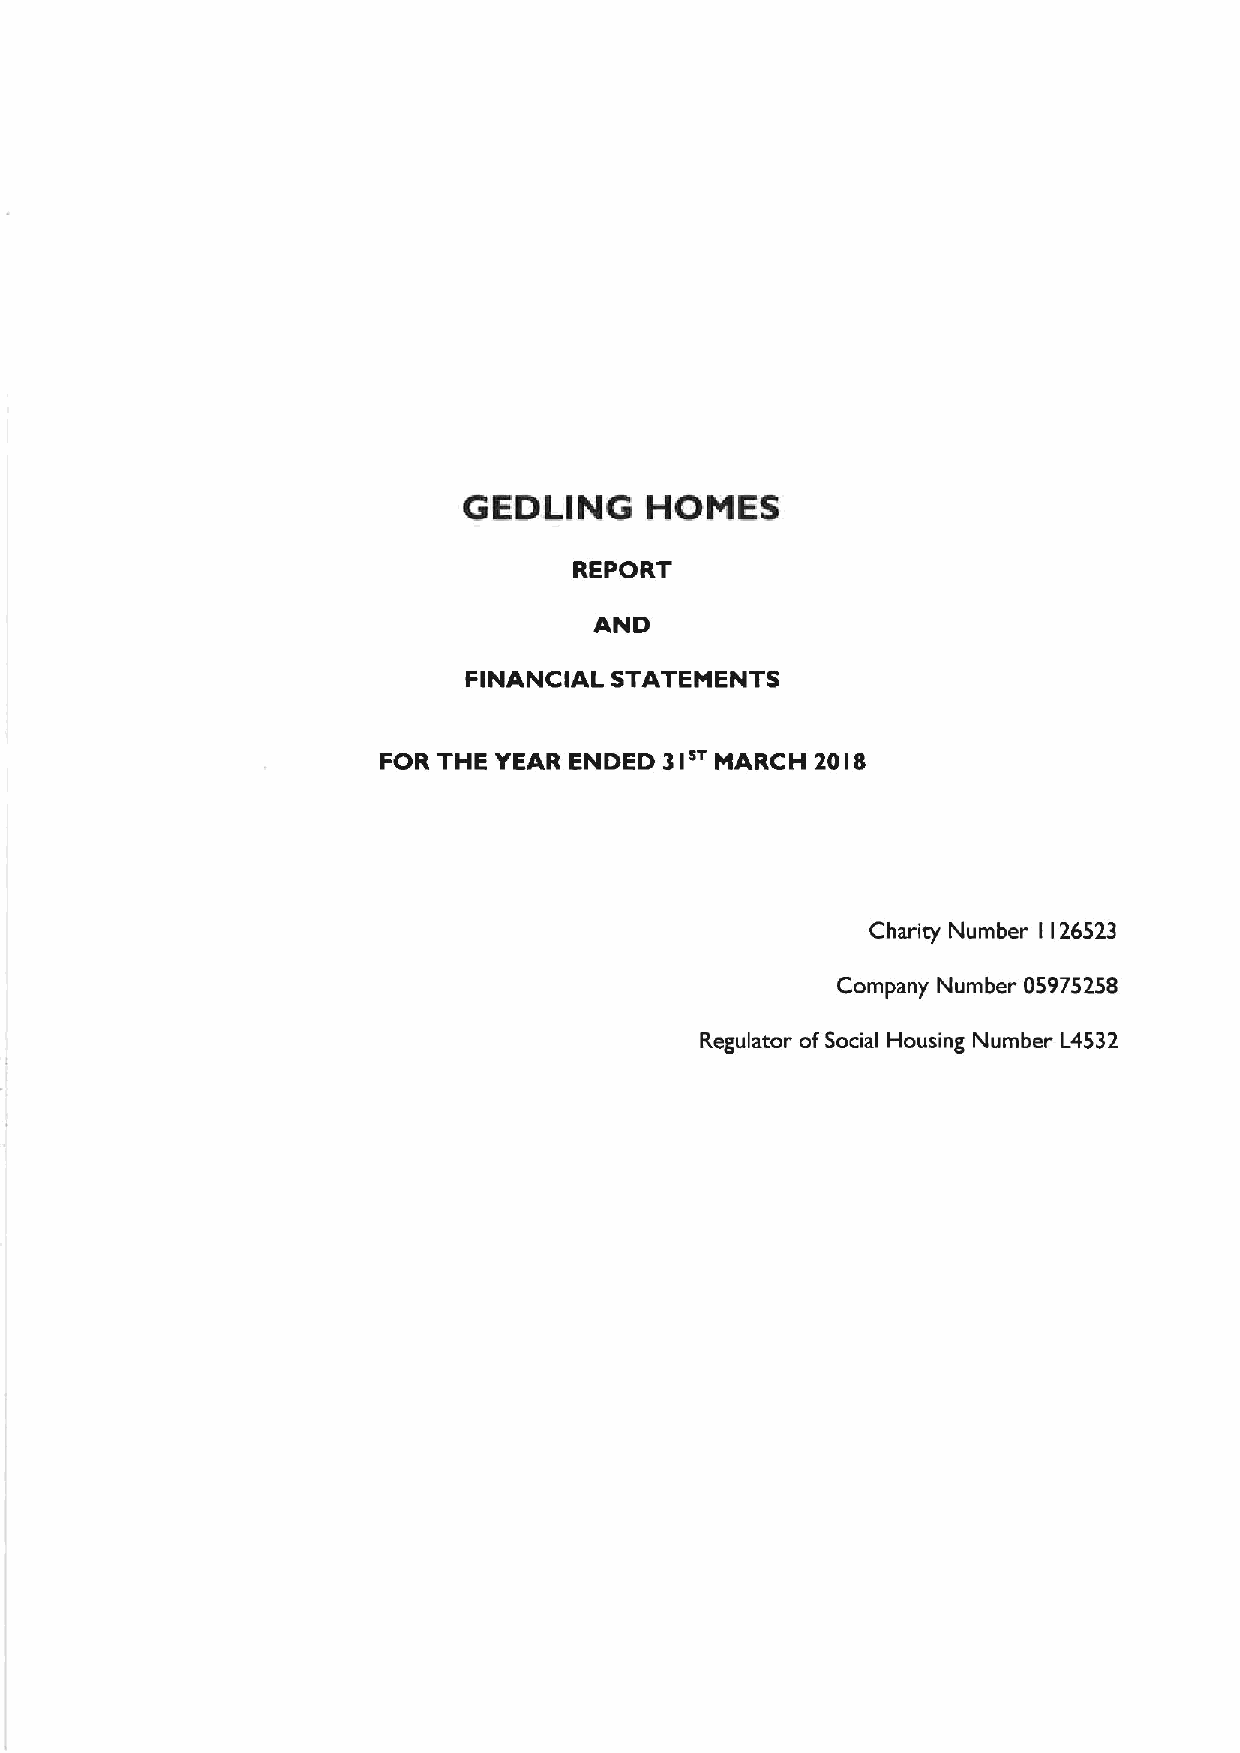
GEDLING     HONES
 REPORT
 AND
 FINANCIAL STATEMENTS
 FOR THE YEAR ENDED 3Is MARCH 20 8
 I
 Charity Number I 126523
 Company Number 05975258
 Regulator ofSocial Housing Number L4532